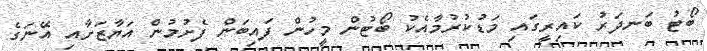
ބޯޓު ބަނދަރު ކައިރީގައި މަޑުކުރުމާއެކު ބޯޓުން މީހުން ފައިބަން ފެށުމުން އަޔާޒަށާއި އޭނަގެ